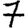
Digit: 7